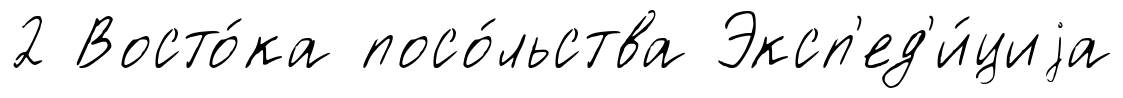
2 Восто́ка посо́льства Эксп'ед'и́циjа